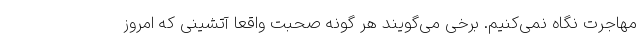
مهاجرت نگاه نمی‌کنیم. برخی می‌گویند هر گونه صحبت واقعا آتشینی که امروز